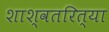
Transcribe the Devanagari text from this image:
शाश्वतरित्या